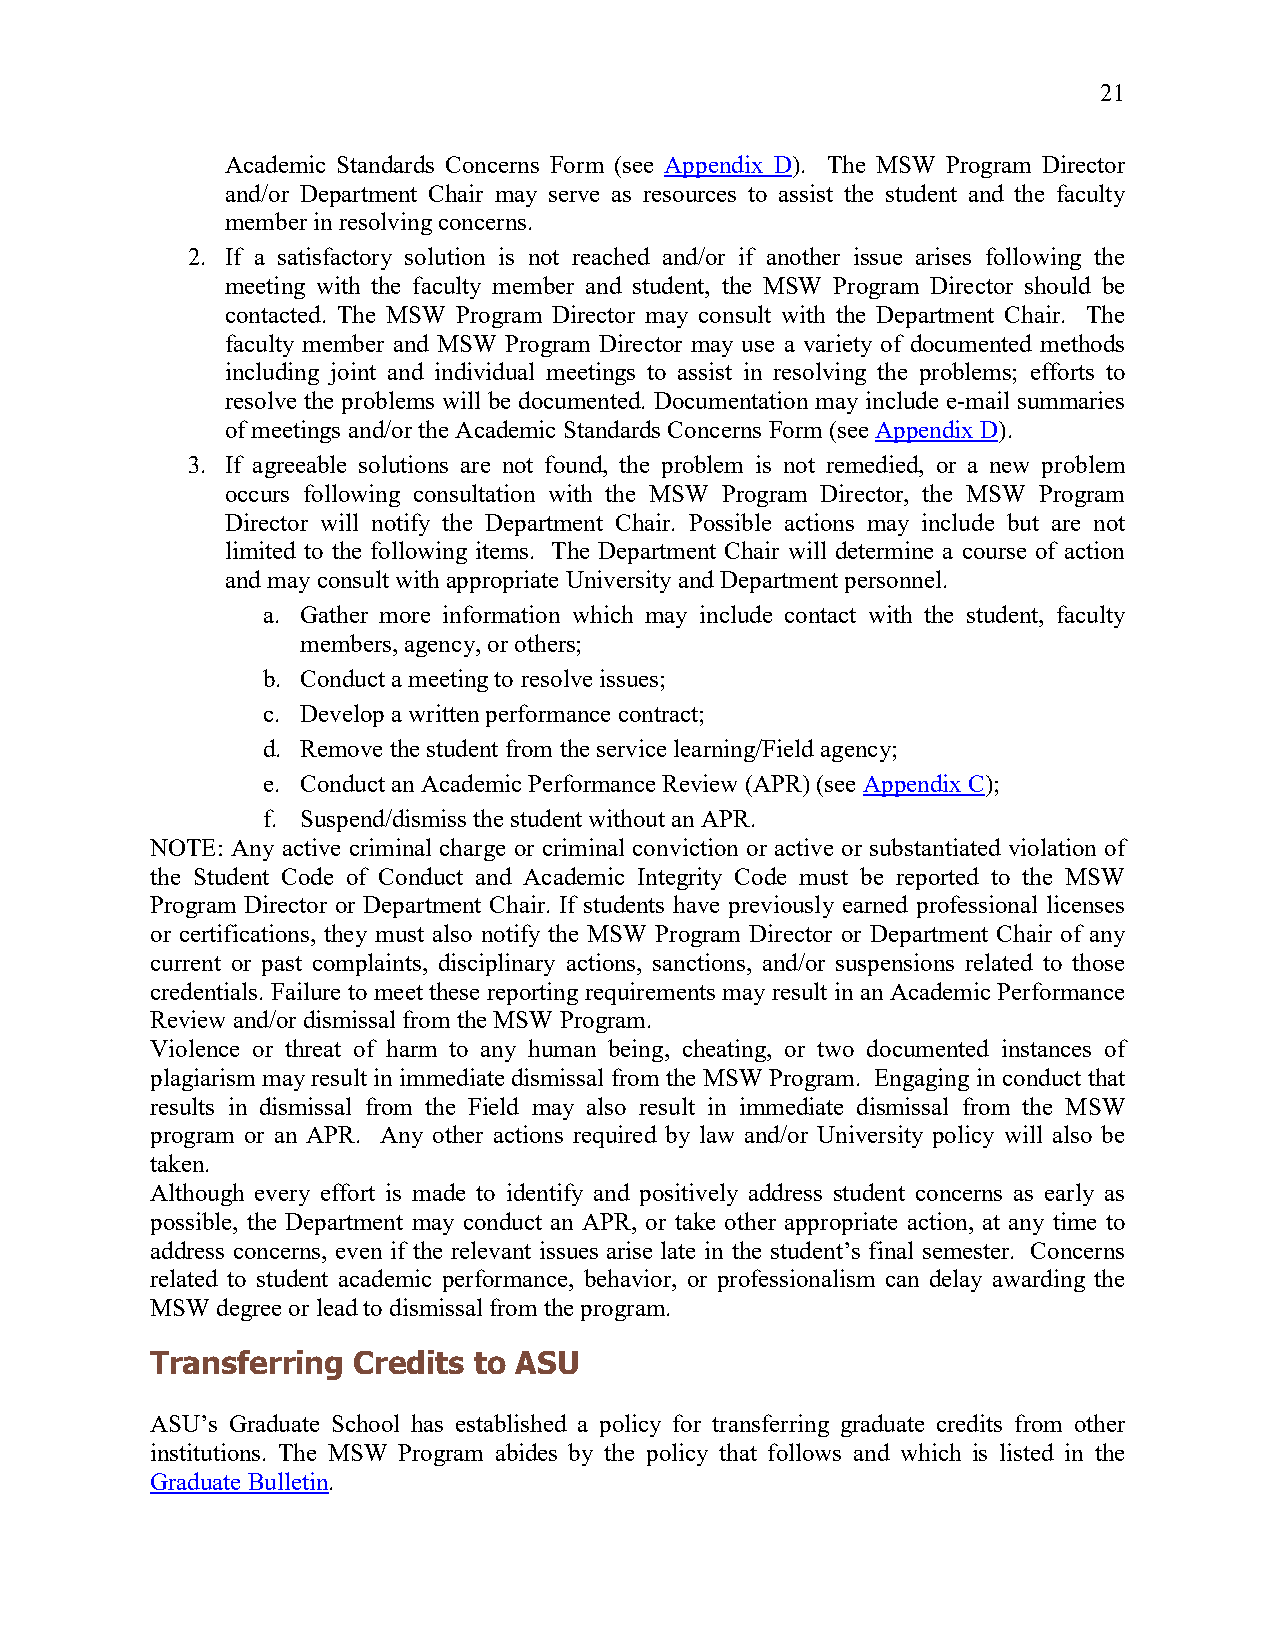
21
 Academic Standards Concerns Form (see Appendix D). The MSW Program Director
 and/or Department Chair may serve as resources to assist the student and the faculty
 member in resolving concerns.
 2. If a satisfactory solution is not reached and/or if another issue arises following the
 meeting with the faculty member and student, the MSW Program Director should be
 contacted. The MSW Program Director may consult with the Department Chair. The
 faculty member and MSW Program Director may use a variety of documented methods
 including joint and individual meetings to assist in resolving the problems; efforts to
 resolve the problems will be documented. Documentation may include e-mail summaries
 of meetings and/or the Academic Standards Concerns Form (see Appendix D).
 3. If agreeable solutions are not found, the problem is not remedied, or a new problem
 occurs following consultation with the MSW Program Director, the MSW Program
 Director will notify the Department Chair. Possible actions may include but are not
 limited to the following items. The Department Chair will determine a course of action
 and may consult with appropriate University and Department personnel.
 a. Gather more information which may include contact with the student, faculty
 members, agency, or others;
 b. Conduct a meeting to resolve issues;
 c. Develop a written performance contract;
 d. Remove the student from the service learning/Field agency;
 e. Conduct an Academic Performance Review (APR) (see Appendix C);
 f. Suspend/dismiss the student without an APR.
 NOTE: Any active criminal charge or criminal conviction or active or substantiated violation of
 the Student Code of Conduct and Academic Integrity Code must be reported to the MSW
 Program Director or Department Chair. If students have previously earned professional licenses
 or certifications, they must also notify the MSW Program Director or Department Chair of any
 current or past complaints, disciplinary actions, sanctions, and/or suspensions related to those
 credentials. Failure to meet these reporting requirements may result in an Academic Performance
 Review and/or dismissal from the MSW Program.
 Violence or threat of harm to any human being, cheating, or two documented instances of
 plagiarism may result in immediate dismissal from the MSW Program. Engaging in conduct that
 results in dismissal from the Field may also result in immediate dismissal from the MSW
 program or an APR. Any other actions required by law and/or University policy will also be
 taken.
 Although every effort is made to identify and positively address student concerns as early as
 possible, the Department may conduct an APR, or take other appropriate action, at any time to
 address concerns, even if the relevant issues arise late in the student’s final semester. Concerns
 related to student academic performance, behavior, or professionalism can delay awarding the
 MSW degree or lead to dismissal from the program.
 Transferring Credits to ASU
 ASU’s Graduate School has established a policy for transferring graduate credits from other
 institutions. The MSW Program abides by the policy that follows and which is listed in the
 Graduate Bulletin.